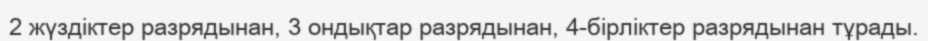
2 жүздiктер разрядынан, 3 ондықтар разрядынан, 4-бiрлiктер разрядынан тұрады.